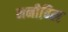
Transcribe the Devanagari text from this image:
मनीबिल